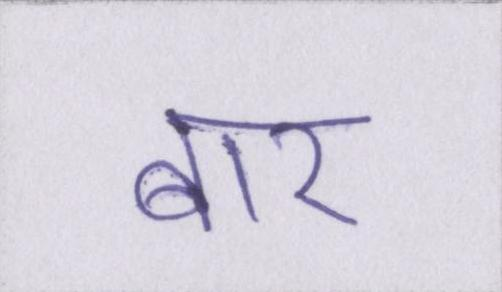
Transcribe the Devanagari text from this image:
बार